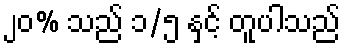
၂၀% သည် ၁/၅ နှင့် တူပါသည်